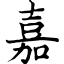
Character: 嘉